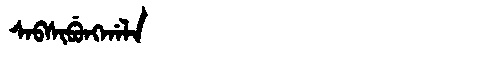
Manchu: ᠰᠠᠪᠰᡳᠪᡠᠩᡤᠠᠯᠠ
Romanization: SABSIBUNGGALA